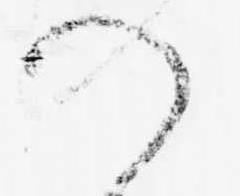
の